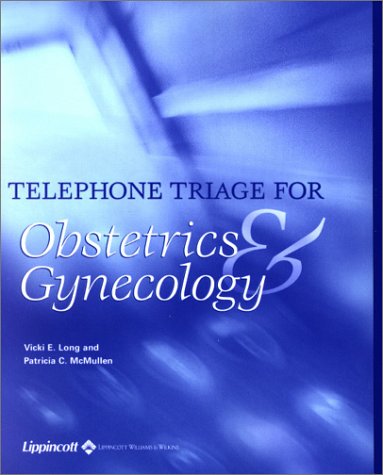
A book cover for Telephone Triage for Obstetrics and Gynecology; Vicki E. Long MSN  CNM; Medical Books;